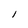
Character: l